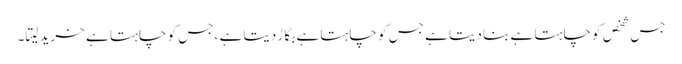
جس شخص کو چاہتا ہے بنا دیتا ہے جس کو چاہتا ہے بگاڑ دیتا ہے ،جس کو چاہتا ہے خرید لیتا۔